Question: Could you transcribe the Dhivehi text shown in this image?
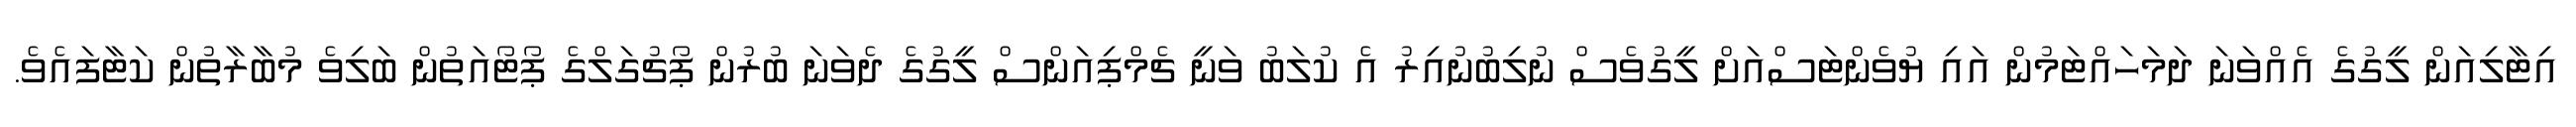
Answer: އިޓާލިއަން ލީގުގެ އެއްވަނަ ދަމަހައްޓަމުން އައި ޔުވެންޓަސްއަށް ލީގުވެސް ނުލިބުނުއިރު އެ ކުލަބު ވަނީ ޗެމްޕިއަންސް ލީގުގެ ދެވަނަ ބުރުން ޕޯޗުގަލްގެ ޕޯޓޯއަތުން ބަލިވެ މުބާރާތުން ކަޓާފައެވެ.